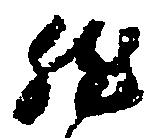
然